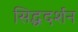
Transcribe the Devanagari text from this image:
सिद्धदर्शन